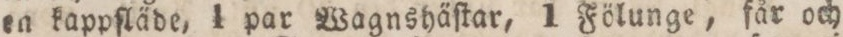
en kappſläde, 1 par Wagnshäſtar, 1 Fölunge, får och